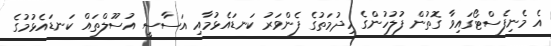
އެ މެނިފެސްޓޯގައިވާ ގޮތުން ފުލުހުންގެ ހިދުމަތުގެ ފެންވަރު ކަނޑައެޅުމާއި އަސާސީ އުސޫލްތައް ކަނޑައެޅުމުގެ